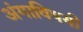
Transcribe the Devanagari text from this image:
अंगाविषयी